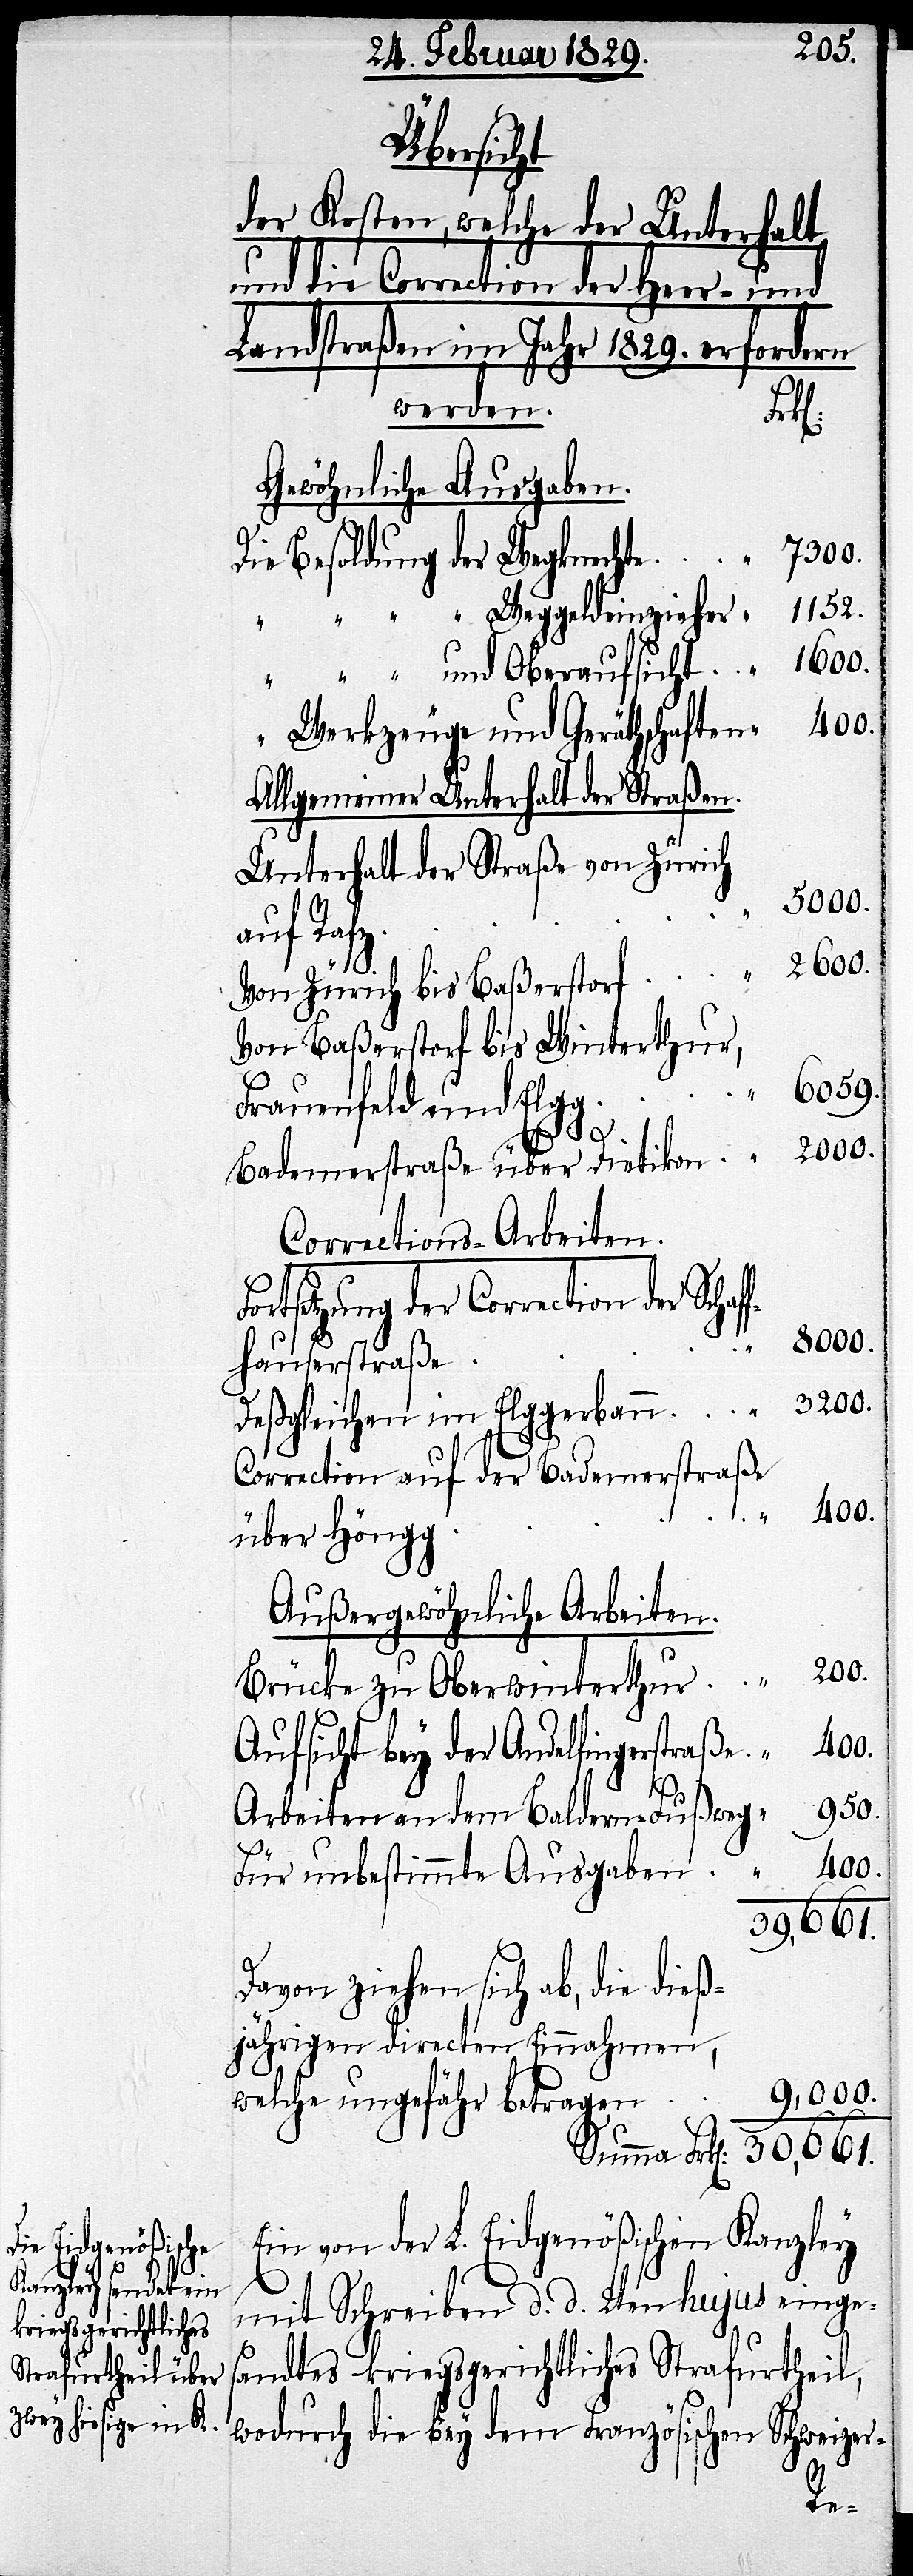
Übersicht
der Kosten, welche der Unterhalt
und die Correction der Heer- und
Landstraßen im Jahr 1829. erfordern
werden.
Gewöhnliche Ausgaben.
“ 7300.
Die Besoldung der Wegknechte
1152.
“ “ “ “ Weggeldeinzieher
“ “ “ und Oberaufsicht . . . .
“ Werkzeuge und Geräthschaften . .
Allgemeiner Unterhalt der Straßen.
Unterhalt der Straße von Zürich
auf Rafz
Von Zürich bis Baßerstorf .
Von Baßerstorf bis Winterthur,
“ 6059.
Frauenfeld und Elgg
.
.
Badenerstraße über Dietikon . . . .
Corrections-Arbeiten.
Fortsetzung der Correction der Schaf¬
fhauserstraße
Deßgleichen im Elggerbann
Correction auf der Badenerstraße
über Höngg
Außergewöhnliche Arbeiten.
200.
Brücke zu Oberwinterthur . .
Aufsicht bey der Andelfingerstraße .
.
Arbeiten an dem Baldern-Fußweg . . . .
400.
Für unbestimmte Ausgaben .
30,661.
Davon ziehen sich ab, die dieß¬
jährigen directen Einnahmen,
. “ 950.
welche ungefähr betragen
Ein von der L. Eidgenößischen Kanzley
mit Schreiben d. d. 2ten hujus einges¬
andtes kriegsgerichtliches Strafurtheil,
wodurch die bey dem Französischen Schweizer-